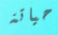
حياتة